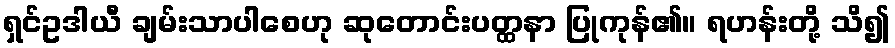
ရှင်ဥဒါယီ ချမ်းသာပါစေဟု ဆုတောင်းပတ္ထနာ ပြုကုန်၏။ ရဟန်းတို့ သိ၍